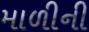
માળીની